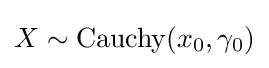
X\sim \operatorname {Cauchy} (x_{0},\gamma _{0})